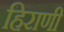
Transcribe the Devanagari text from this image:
हिराणी